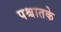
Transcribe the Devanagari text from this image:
पश्चातके